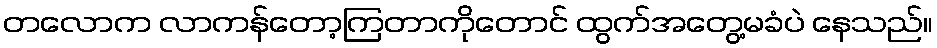
တလောက လာကန်တော့ကြတာကိုတောင် ထွက်အတွေ့မခံပဲ နေသည်။